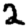
Digit: 2